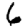
Digit: 6